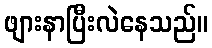
ဖျားနာပြီးလဲနေသည်။